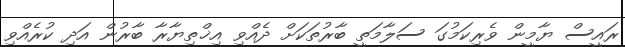
ރައީސް ޔާމީން ވެރިކަމުގަ ސަލާމަތީ ބާރުތަކަށް ދެއްވި އިޚްތިޔާރާ ބާރުން އަދި ކުރެއްވި